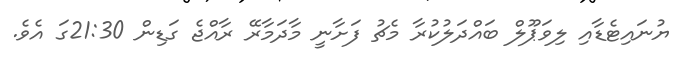
ޔުނައިޓެޑާއި ލިވަޕޫލް ބައްދަލުކުރާ މެޗު ފަށާނީ މާދަމާރޭ ރާއްޖެ ގަޑިން 21:30ގަ އެވެ.